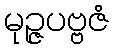
မုဉ္ဇပဗ္ဗဇံ